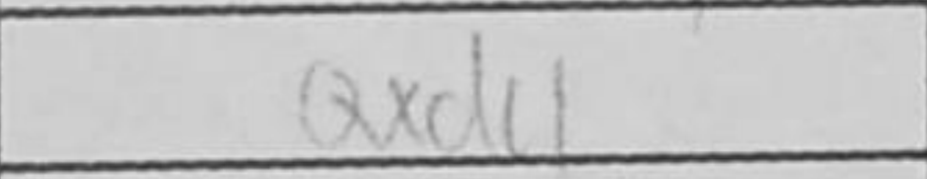
Transcription: Qxd4